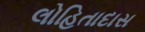
લોહિતાદાસ